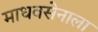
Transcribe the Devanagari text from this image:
माधवसेनाला